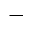
-